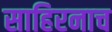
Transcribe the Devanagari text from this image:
साहिरनाच